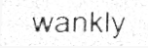
wankly